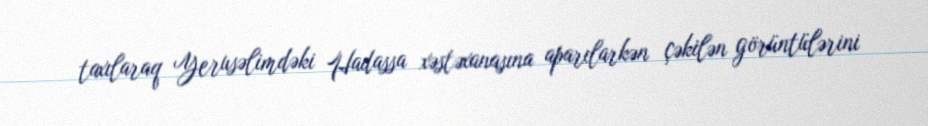
taxılaraq Yerusəlimdəki Hadassa xəstəxanasına aparılarkən çəkilən görüntülərini